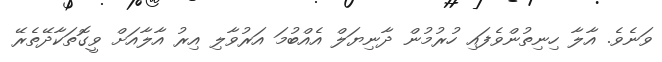
ވަނެވެ. އާލާ ހިނިތުންވެފައި ހުރުމުން ދާނިޔަލް އެއްބުމަ އަރުވާލި އިރު އާލާއަށް ވީގޮތަކާދޭތެރޭ